Lunatic asylums Madras 1892-1911 - 1892-1911
Year: 1892
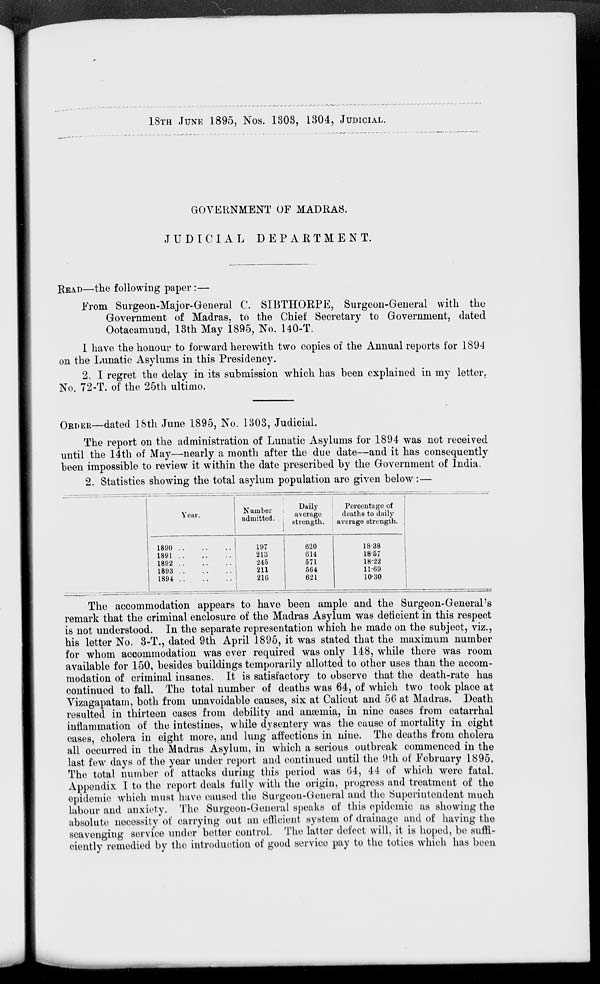
18TH JUNE 1895, Nos. 1303, 1304, JUDICIAL.
GOVERNMENT OF MADRAS.
JUDICIAL DEPARTMENT.
READ—the following paper :—
Erom Surgeon-Major-General C. SIBTHORPE, Surgeon-General with the
Government of Madras, to the Chief Secretary to Government, dated
Ootacamund, 13th May 1895, No. 140-T.
I have the honour to forward herewith two copies of the Annual reports for 1894
on the Lunatic Asylums in this Presidency.
2. I regret the delay in its submission which has been explained in my letter,
No. 72-T. of the 25th ultimo.
ORDER—dated 18th June 1895, No. 1303, Judicial.
The report on the administration of Lunatic Asylums for 1894 was not received
until the 14th of May—nearly a month after the due date—and it has consequently
been impossible to review it within the date prescribed by the Government of India.
2. Statistics showing the total asylum population are given below: —
Year.
Number
admitted.
Daily
average
strength.
Percentage of
deaths to daily
average strength.
1890
1891
1892
1893
1894
197
213
245
211
210
620
G14
571
564
621
18-38
18-57
18-22
11-69
10-30
The accommodation appears to have been ample and the Surgeon-General's
remark that the criminal enclosure of the Madras Asylum was deficient in this respect
is not understood. In the separate representation which he made on the subject, viz.,
his letter No. 3-T., dated 9th April 1895, it was stated that the maximum number
for whom accommodation was ever required was only 148, while there was room
available for 150, besides buildings temporarily allotted to other uses than the accom-
modation of criminal insanes. It is satisfactory to observe that the death-rate has
continued to fall. The total number of deaths was 64, of which two took place at
Vizagapatam, both from unavoidable causes, six at Calicut and 50 at Madras. Death
resulted in thirteen cases from debility and anoemia, in nine cases from catarrhal
inflammation of the intestines, while dysentery was the cause of mortality in eight
cases, cholera in eight more, and lung affections in nine. The deaths from cholera
all occurred in the Madras Asylum, in which a serious outbreak commenced in the
last few days of the year under report and continued until the 9th of Eebruary 1895.
The total number of attacks during this period was 64, 44 of which were fatal.
Appendix I to the report deals fully with the origin, progress and treatment of the
epidemic which must have caused the Surgeon-General and the Superintendent much
labour and anxiety. The Surgeon-General speaks of this epidemic as showing the
absolute necessity of carrying out an efficient system of drainage and of having the
scavenging service under better control. The latter defect will, it is hoped, be suffi-
ciently remedied by the introduction of good service pay to the toties which has been